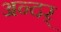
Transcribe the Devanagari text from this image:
अन्दर्